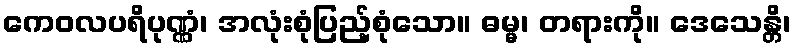
ကေဝလပရိပုဏ္ဏံ၊ အလုံးစုံပြည့်စုံသော။ ဓမ္မ၊ တရားကို။ ဒေသေန္တိ၊